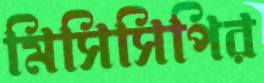
মিসিসিপির